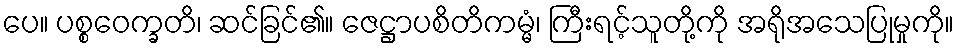
ပေ။ ပစ္စဝေက္ခတိ၊ ဆင်ခြင်၏။ ဇေဋ္ဌာပစိတိကမ္မံ၊ ကြီးရင့်သူတို့ကို အရိုအသေပြုမှုကို။